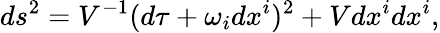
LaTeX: ds^{2}=V^{-1}(d\tau+\omega_{i}dx^{i})^{2}+Vdx^{i}dx^{i},